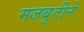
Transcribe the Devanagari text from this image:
मजबुतीने